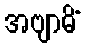
အဗျာဓိံ